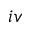
\romannumeral 4